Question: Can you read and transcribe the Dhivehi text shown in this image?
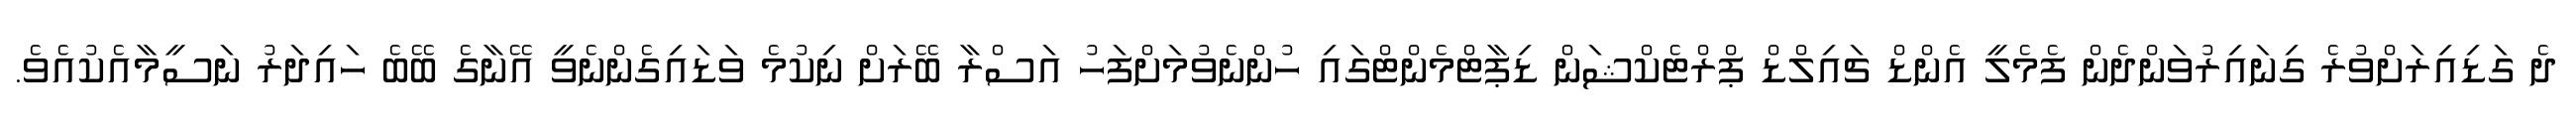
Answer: ދެ ގަޑިއިރަށްވުރެ ގިނައިރުވަންދެން ފެމެލީ އެންޑް ޗައިލްޑް ޕްރްޓެކްޝަން ޑިޕާޓްމެންޓްގައި ހުންނެވުމަށްފަހު އަސްރާ ބޭރަށް ނިކުމެ ވަޑައިގެންނެވީ އޭނާގެ ބޭބެ ހައިދަރު ނަސީމާއެކުއެވެ.